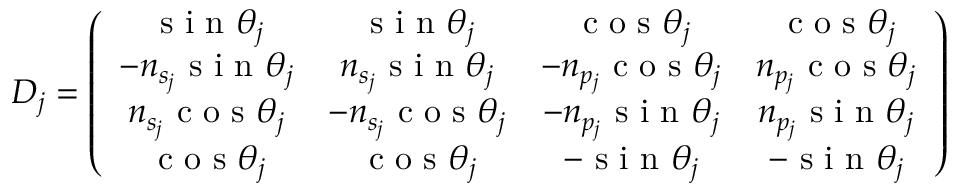
\boldsymbol { D _ { j } } = \left( \begin{array} { c c c c } { \textrm { s i n } \theta _ { j } } & { \textrm { s i n } \theta _ { j } } & { \textrm { c o s } \theta _ { j } } & { \textrm { c o s } \theta _ { j } } \\ { - n _ { s _ { j } } \textrm { s i n } \theta _ { j } } & { n _ { s _ { j } } \textrm { s i n } \theta _ { j } } & { - n _ { p _ { j } } \textrm { c o s } \theta _ { j } } & { n _ { p _ { j } } \textrm { c o s } \theta _ { j } } \\ { n _ { s _ { j } } \textrm { c o s } \theta _ { j } } & { - n _ { s _ { j } } \textrm { c o s } \theta _ { j } } & { - n _ { p _ { j } } \textrm { s i n } \theta _ { j } } & { n _ { p _ { j } } \textrm { s i n } \theta _ { j } } \\ { \textrm { c o s } \theta _ { j } } & { \textrm { c o s } \theta _ { j } } & { - \textrm { s i n } \theta _ { j } } & { - \textrm { s i n } \theta _ { j } } \end{array} \right)